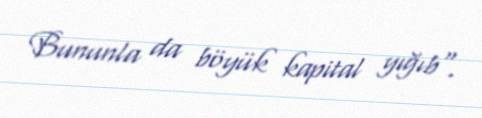
Bununla da böyük kapital yığıb".